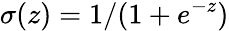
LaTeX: \sigma(z)=1/(1+e^{-z})